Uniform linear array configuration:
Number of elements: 4
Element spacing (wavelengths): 0.25
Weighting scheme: binomial
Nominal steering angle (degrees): -60
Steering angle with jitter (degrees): -60.865
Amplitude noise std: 0.05
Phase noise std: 0.05

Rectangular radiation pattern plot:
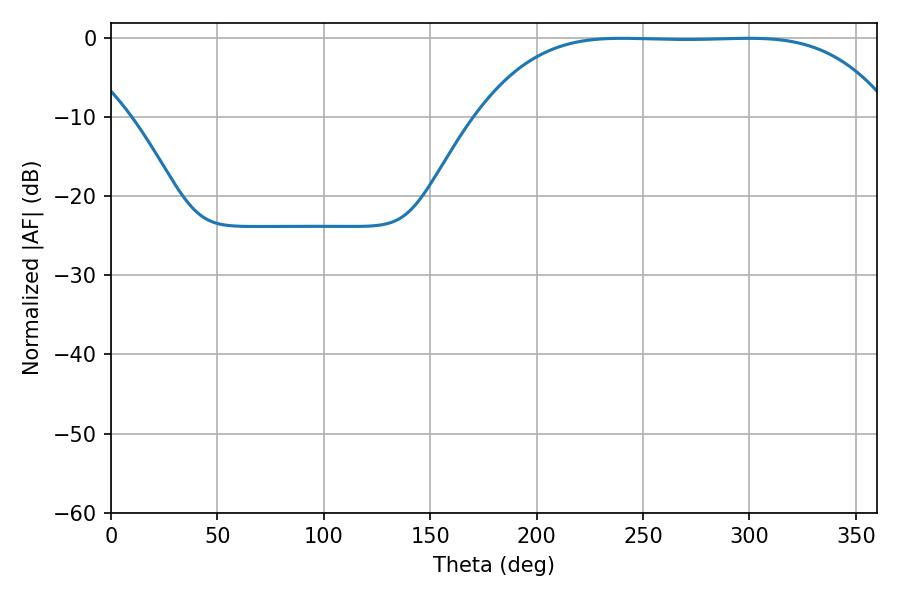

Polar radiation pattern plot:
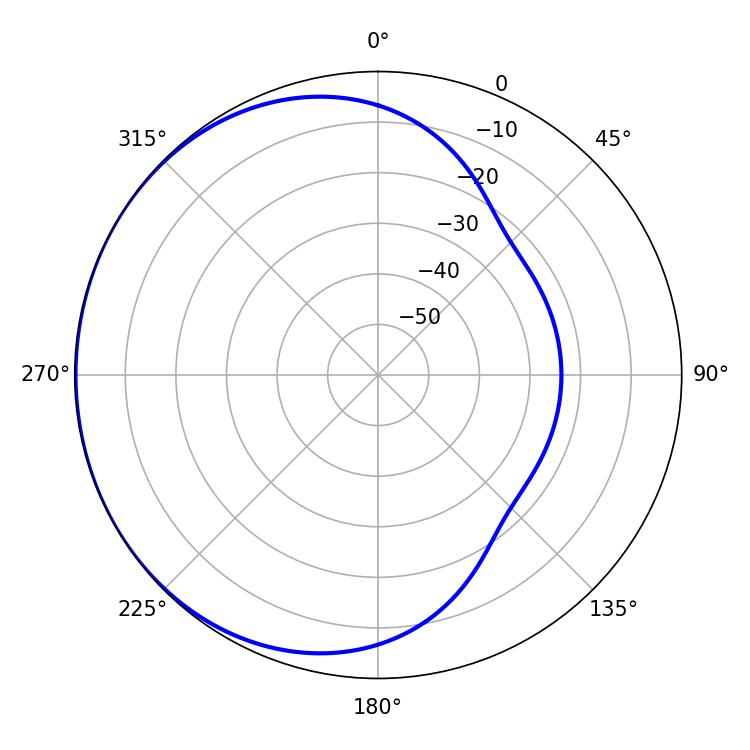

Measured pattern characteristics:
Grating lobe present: FALSE
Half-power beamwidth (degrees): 147.96
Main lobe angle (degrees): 240.12